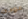
عوده